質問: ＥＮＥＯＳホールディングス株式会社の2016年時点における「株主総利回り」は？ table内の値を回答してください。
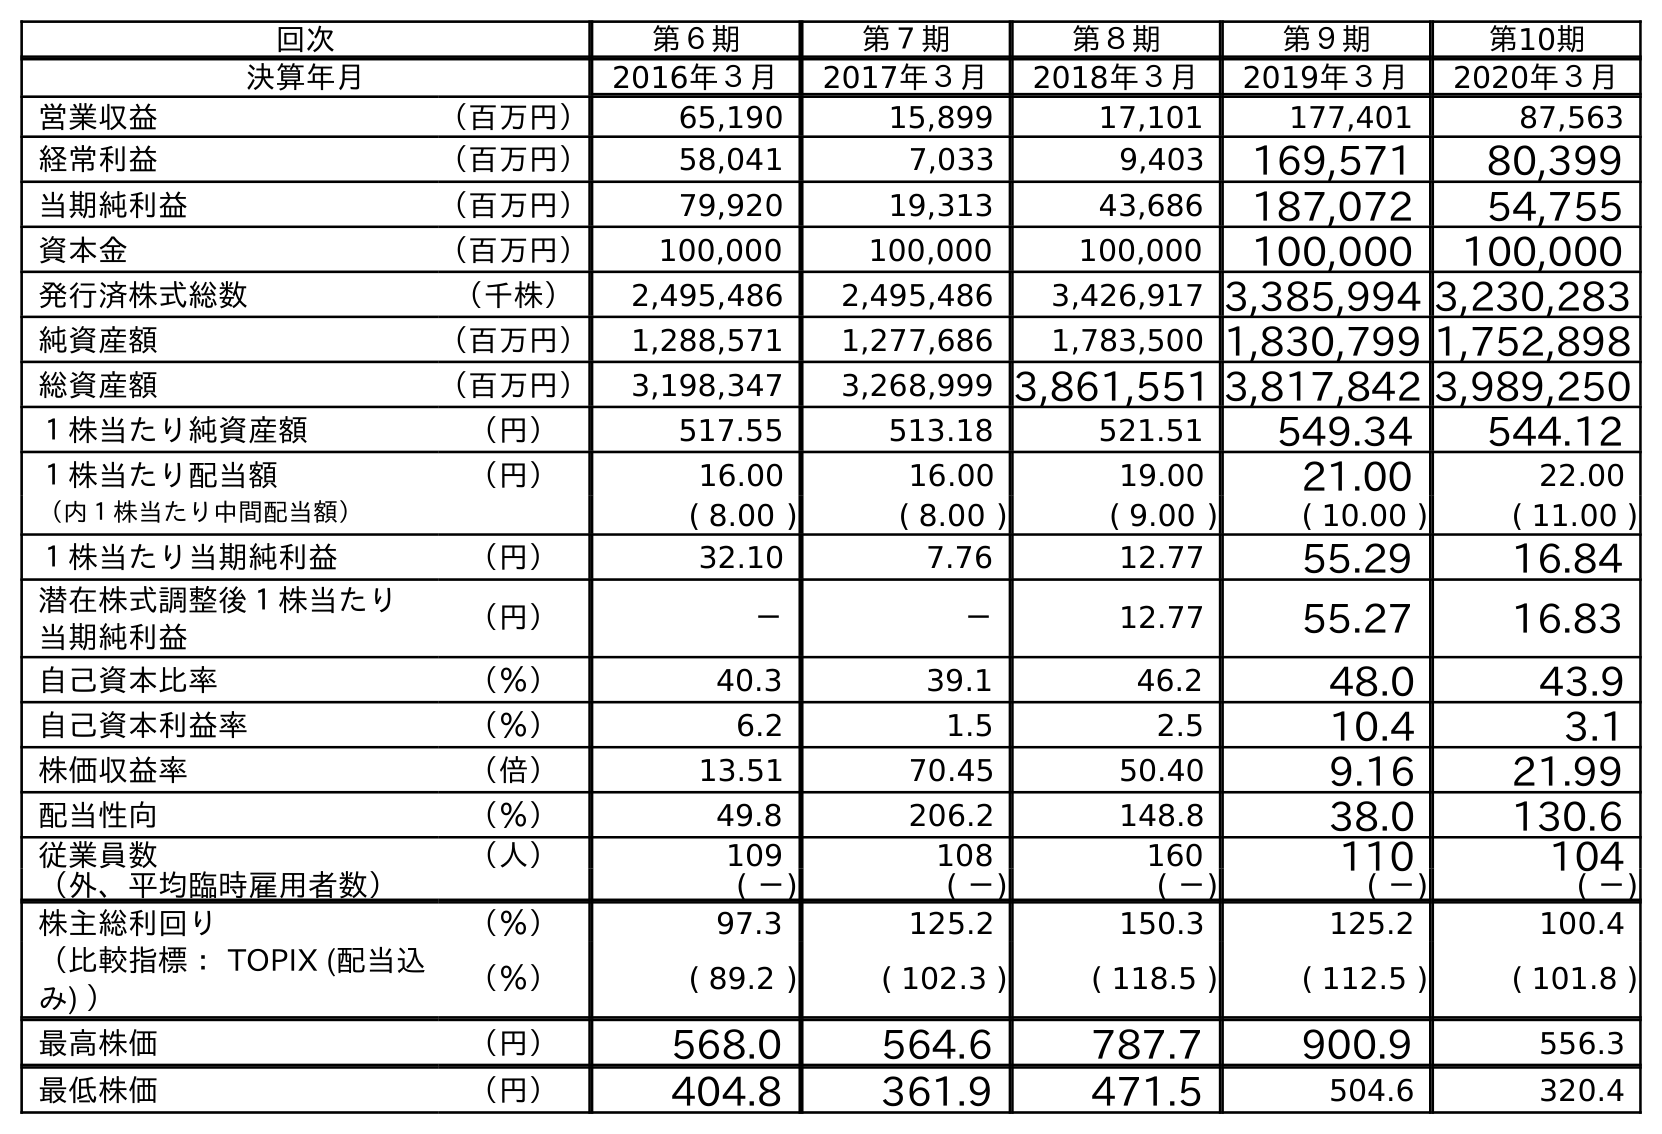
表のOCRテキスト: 回次 第６期 第７期 第８期 第９期 第10期 決算年月 2016年３月 2017年３月 2018年３月 2019年３月 2020年３月 営業収益 （百万円） 65,190 15,899 17,101 177,401 87,563 経常利益 （百万円） 58,041 7,033 9,403 169,571 80,399 当期純利益 （百万円） 79,920 19,313 43,686 187,072 54,755 資本金 （百万円） 100,000 100,000 100,000 100,000 100,000 発行済株式総数 （千株） 2,495,486 2,495,486 3,426,917 3,385,994 3,230,283 純資産額 （百万円） 1,288,571 1,277,686 1,783,500 1,830,799 1,752,898 総資産額 （百万円） 3,198,347 3,268,999 3,861,551 3,817,842 3,989,250 １株当たり純資産額 （円） 517.55 513.18 521.51 549.34 544.12 １株当たり配当額 （円） 16.00 16.00 19.00 21.00 22.00 （内１株当たり中間配当額） ( 8.00 ) ( 8.00 ) ( 9.00 ) ( 10.00 ) ( 11.00 ) １株当たり当期純利益 （円） 32.10 7.76 12.77 55.29 16.84 潜在株式調整後１株当たり 当期純利益 （円） － － 12.77 55.27 16.83 自己資本比率 （％） 40.3 39.1 46.2 48.0 43.9 自己資本利益率 （％） 6.2 1.5 2.5 10.4 3.1 株価収益率 （倍） 13.51 70.45 50.40 9.16 21.99 配当性向 （％） 49.8 206.2 148.8 38.0 130.6 従業員数 （人） 109 108 160 110 104 （外、平均臨時雇用者数） ( －) ( －) ( －) ( －) ( －) 株主総利回り （％） 97.3 125.2 150.3 125.2 100.4 （比較指標： TOPIX (配当込 み) ） （％） ( 89.2 ) ( 102.3 ) ( 118.5 ) ( 112.5 ) ( 101.8 ) 最高株価 （円） 568.0 564.6 787.7 900.9 556.3 最低株価 （円） 404.8 361.9 471.5 504.6 320.4
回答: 97.3